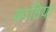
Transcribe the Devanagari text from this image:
कातिया